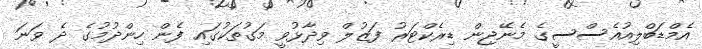
އެމްޑަބްލިއުއެސްސީގެ މެނޭޖިން ޑިރެކްޓަރު ފަޒުލް ވިދާޅުވީ މަގުތަކުގައި ފެން ހިންދުމުގެ ދެ ވަނަ